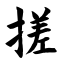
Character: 搓